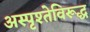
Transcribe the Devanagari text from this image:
अस्पृश्तेविरूद्ध